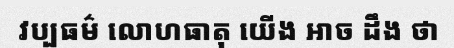
វប្បធម៌ លោហធាតុ យើង អាច ដឹង ថា